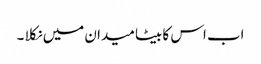
اب اس کا بیٹا میدان میں نکلا ۔